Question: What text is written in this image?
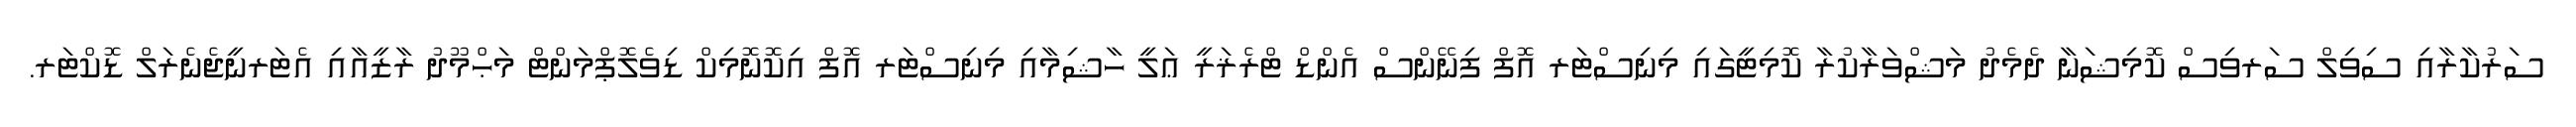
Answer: ސަރުކާރާއި ސިވިލް ސަރވިސް ކޮމިޝަނާ ދެމެދު މަޝްވަރާކުރާ ކޮމިޓީގައި މިނިސްޓަރ އޮފް ފިނޭންސް އެންޑް ޓްރެޜަރީ ޢަލީ ހާޝިމާއި މިނިސްޓަރ އޮފް އިކޮނޮމިކް ޑިވެލޮޕްމަންޓް މަޙްމޫދު ރާޒީއާއި އެޓަރނީޖެނެރަލް ޑޮކްޓަރ.